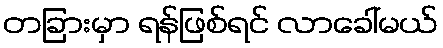
တခြားမှာ ရန်ဖြစ်ရင် လာခေါ်မယ်